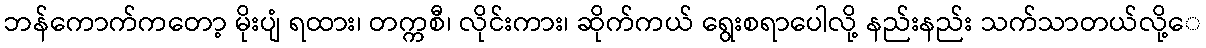
ဘန်ကောက်ကတော့ မိုးပျံ ရထား၊ တက္ကစီ၊ လိုင်းကား၊ ဆိုက်ကယ် ရွေးစရာပေါလို့ နည်းနည်း သက်သာတယ်လို့ေ